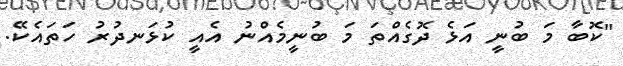
"ކޮބާ މަ ބުނީ އަޅެ ދޮގެއްތަ މަ ބުނީމެއްނު އެއީ ކުޅަނދުރު ހަތައެކޭ.